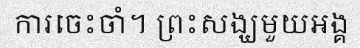
ការចេះចាំ។ ព្រះសង្ឃមួយអង្គ